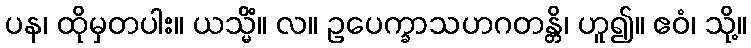
ပန၊ ထိုမှတပါး။ ယသ္မိံ။ လ။ ဥပေက္ခာသဟဂတန္တိ၊ ဟူ၍။ ဧဝံ၊ သို့။